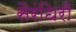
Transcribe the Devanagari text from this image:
सैरंधिरी